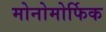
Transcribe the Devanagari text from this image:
मोनोमोर्फिक